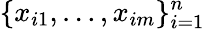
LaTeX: {\{ x_{i1},\ldots,x_{im}\} _{i=1}^{n}}